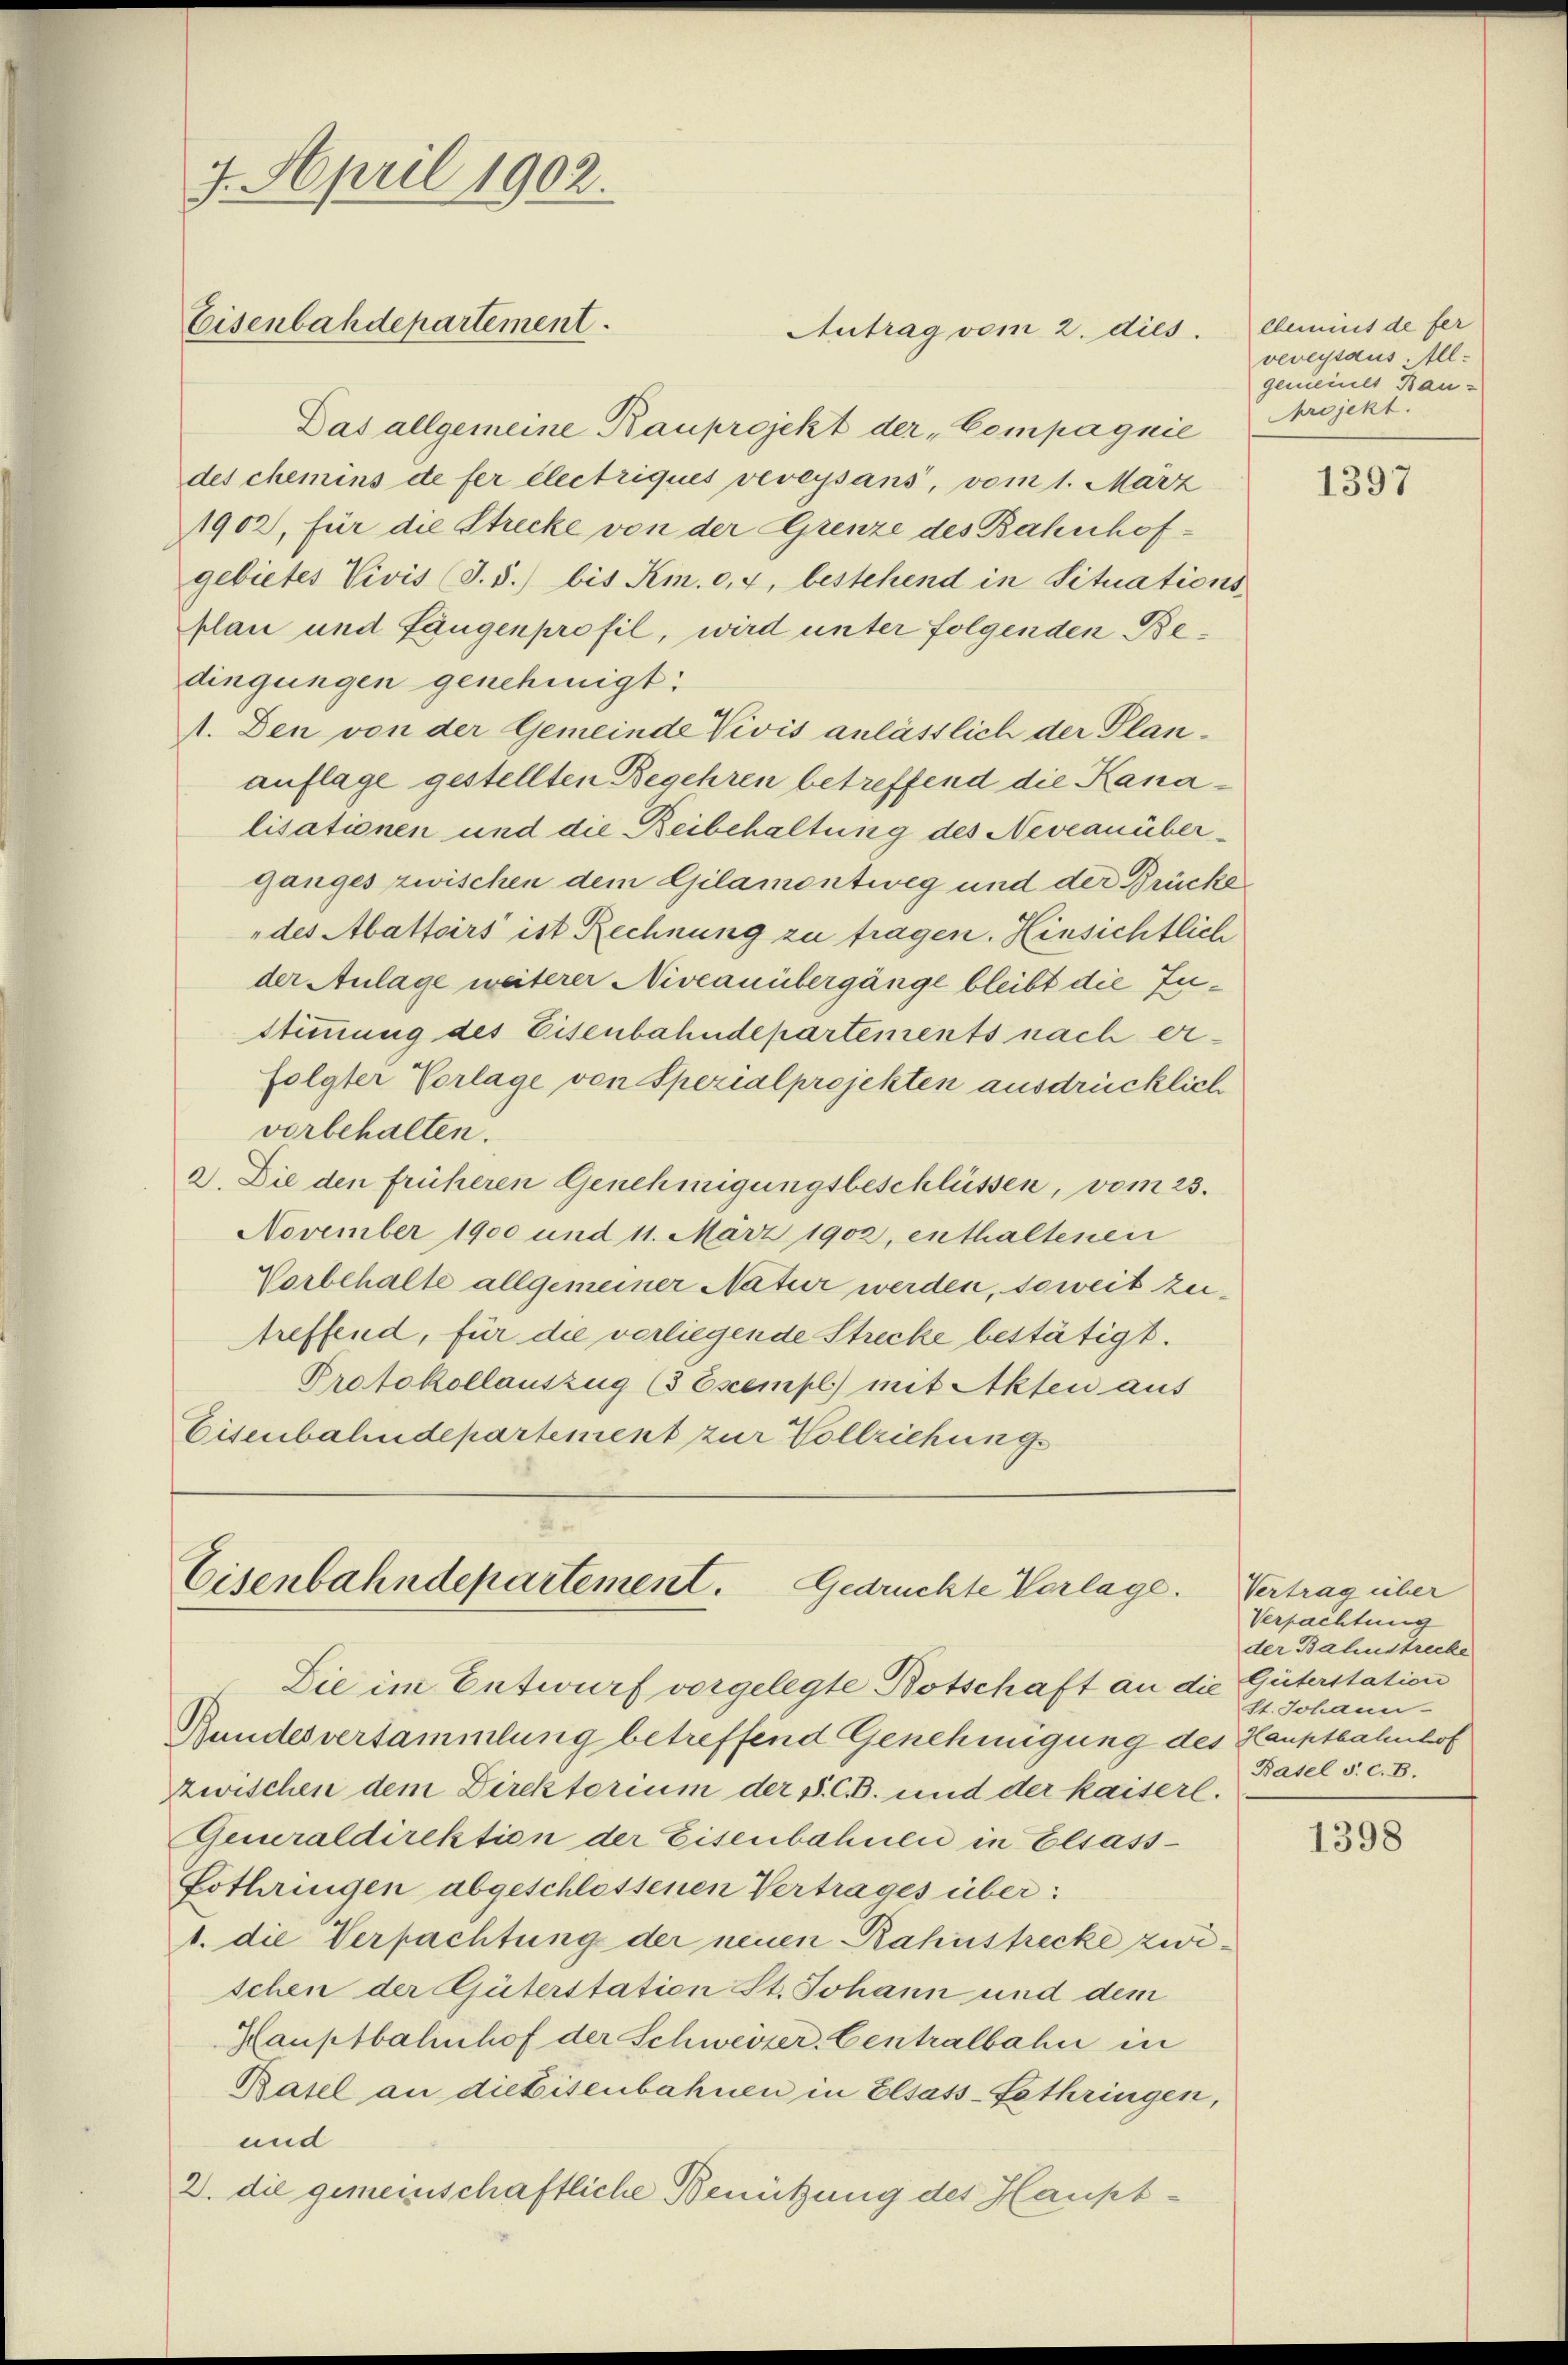
Das allgemeine Bauprojekt der „Compagnie
des chemins de fer electriques veveysans, vom 1. März
1902, für die Strecke von der Grenze des Bahnhofgebietes Vivis (T.5.) bis Kin. c. 4, bestehend in Situations
plan und Längenprofil, wird unter folgenden Bedingungen genehmigt.
1. Den von der Gemeinde Vivis anlässlich der Planauflage gestellten Begehren betreffend die Kanalisationen und die Beibehaltung des Neveanüberganges zwischen dem Gilamontweg und der Brücke
des Abattoirs ist Rechnung zu fragen. Hinsichtlich
der Anlage weiterer Niveauübergänge bleibt die Zu¬
Stimmung des Eisenbahndepartements nach erfolgter Vorlage von Spezialprojekten ausdrücklich
vorbehalten.
a. Die den früheren Genehmigungsbeschlüssen, vom 23.
November 1900 und 11. März 1902, enthaltenen
Vorbehalte allgemeiner Natur werden, soweit zutreffend, für die vorliegende Strecke bestätigt.
Protokollauszug (3 Exempl) mit Akten aus
Eisenbahndepartement zur Vollziehung

7. April 1902.
Eisenbahdepartement.

Antrag vom 2. dies

Eisenbahndepartement. Gedrückte Verlage.
Die im Entwurf vorgelegte Botschaft an die Güterstation

Rundesversammlung betreffend Genehmigung des Hauptbahnhof
zwischen dem Direktorium der S. C.B. und der kaiserl.
Generaldirektion der Eisenbahnen in Elsass¬
Pothringen abgeschlossenen Vertrages über:
1. die Verpachtung der neuen Rahnstrecke zwischen der Güterstation St. Johann und dem
Hauptbahnhof der Schweizer-Centralbahn in
Basel an diebisenbahnen in Elsass-Sethringen,
und
2. die gemeinschaftliche Benützung des Haupt¬

lbemit de fer
veveysaus All-
gemeinet Bauprojekt.

1397

Vertrag über
Verpachtung
der Bahnstrecke
St. Johann
Basel s. c. B.

1398